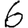
Digit: 6